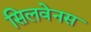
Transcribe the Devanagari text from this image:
सिलवेनस